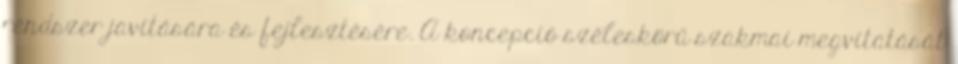
rendszer javítására és fejlesztésére. A koncepció széleskörű szakmai megvitatását